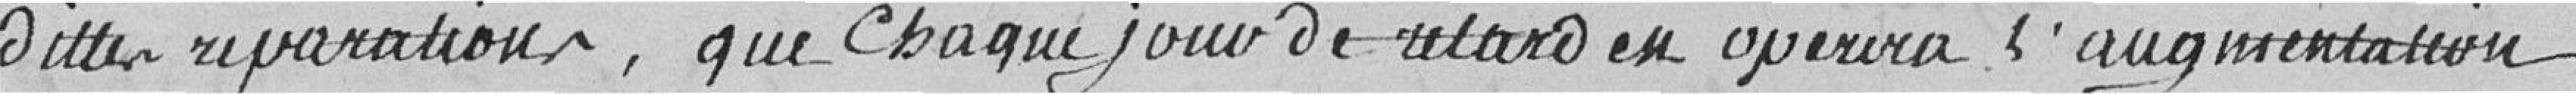
dites réparations , que chaque jour de retard en opèrera l'augmentation